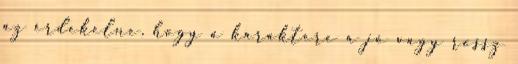
az érdekelne, hogy a karaktere a jó vagy rossz